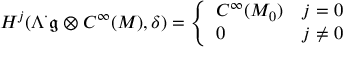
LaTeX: H ^ { j } ( \Lambda ^ { \cdot } { \mathfrak { g } } \otimes C ^ { \infty } ( M ) , \delta ) = { \left\{ \begin{array} { l l } { C ^ { \infty } ( M _ { 0 } ) } & { j = 0 } \\ { 0 } & { j \neq 0 } \end{array} \right. }